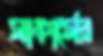
সাকার্সের